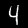
Label: 4